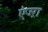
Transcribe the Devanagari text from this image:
एज्ऱा